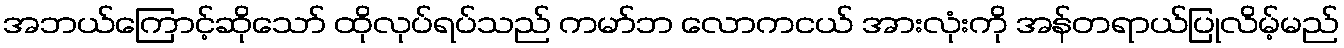
အဘယ်ကြောင့်ဆိုသော် ထိုလုပ်ရပ်သည် ကမာ်ဘ လောကငယ် အားလုံးကို အန်တရာယ်ပြုလိမ့်မည်